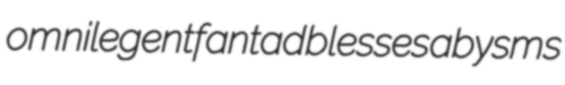
omnilegent fantad blesses abysms